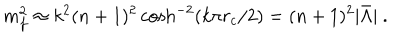
m _ { f } ^ { 2 } \approx k ^ { 2 } ( n + 1 ) ^ { 2 } \cosh ^ { - 2 } ( k \pi r _ { c } / 2 ) = ( n + 1 ) ^ { 2 } | \bar { \Lambda } | \ .